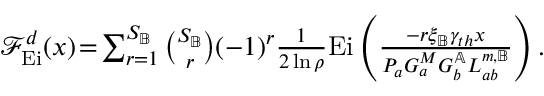
\begin{array} { r } { \mathcal { F } _ { \mathrm { E i } } ^ { d } ( x ) \! = \! \sum _ { r = 1 } ^ { S _ { \mathbb { B } } } \binom { S _ { \mathbb { B } } } { r } ( - 1 ) ^ { r } \frac { 1 } { 2 \ln { \rho } } \mathrm { E i } \left( { \frac { - r \xi _ { \mathbb { B } } \gamma _ { t h } x } { P _ { a } G _ { a } ^ { M } G _ { b } ^ { \mathbb { A } } L _ { a b } ^ { m , \mathbb { B } } } } \right) . } \end{array}